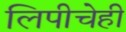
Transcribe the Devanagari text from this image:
लिपीचेही